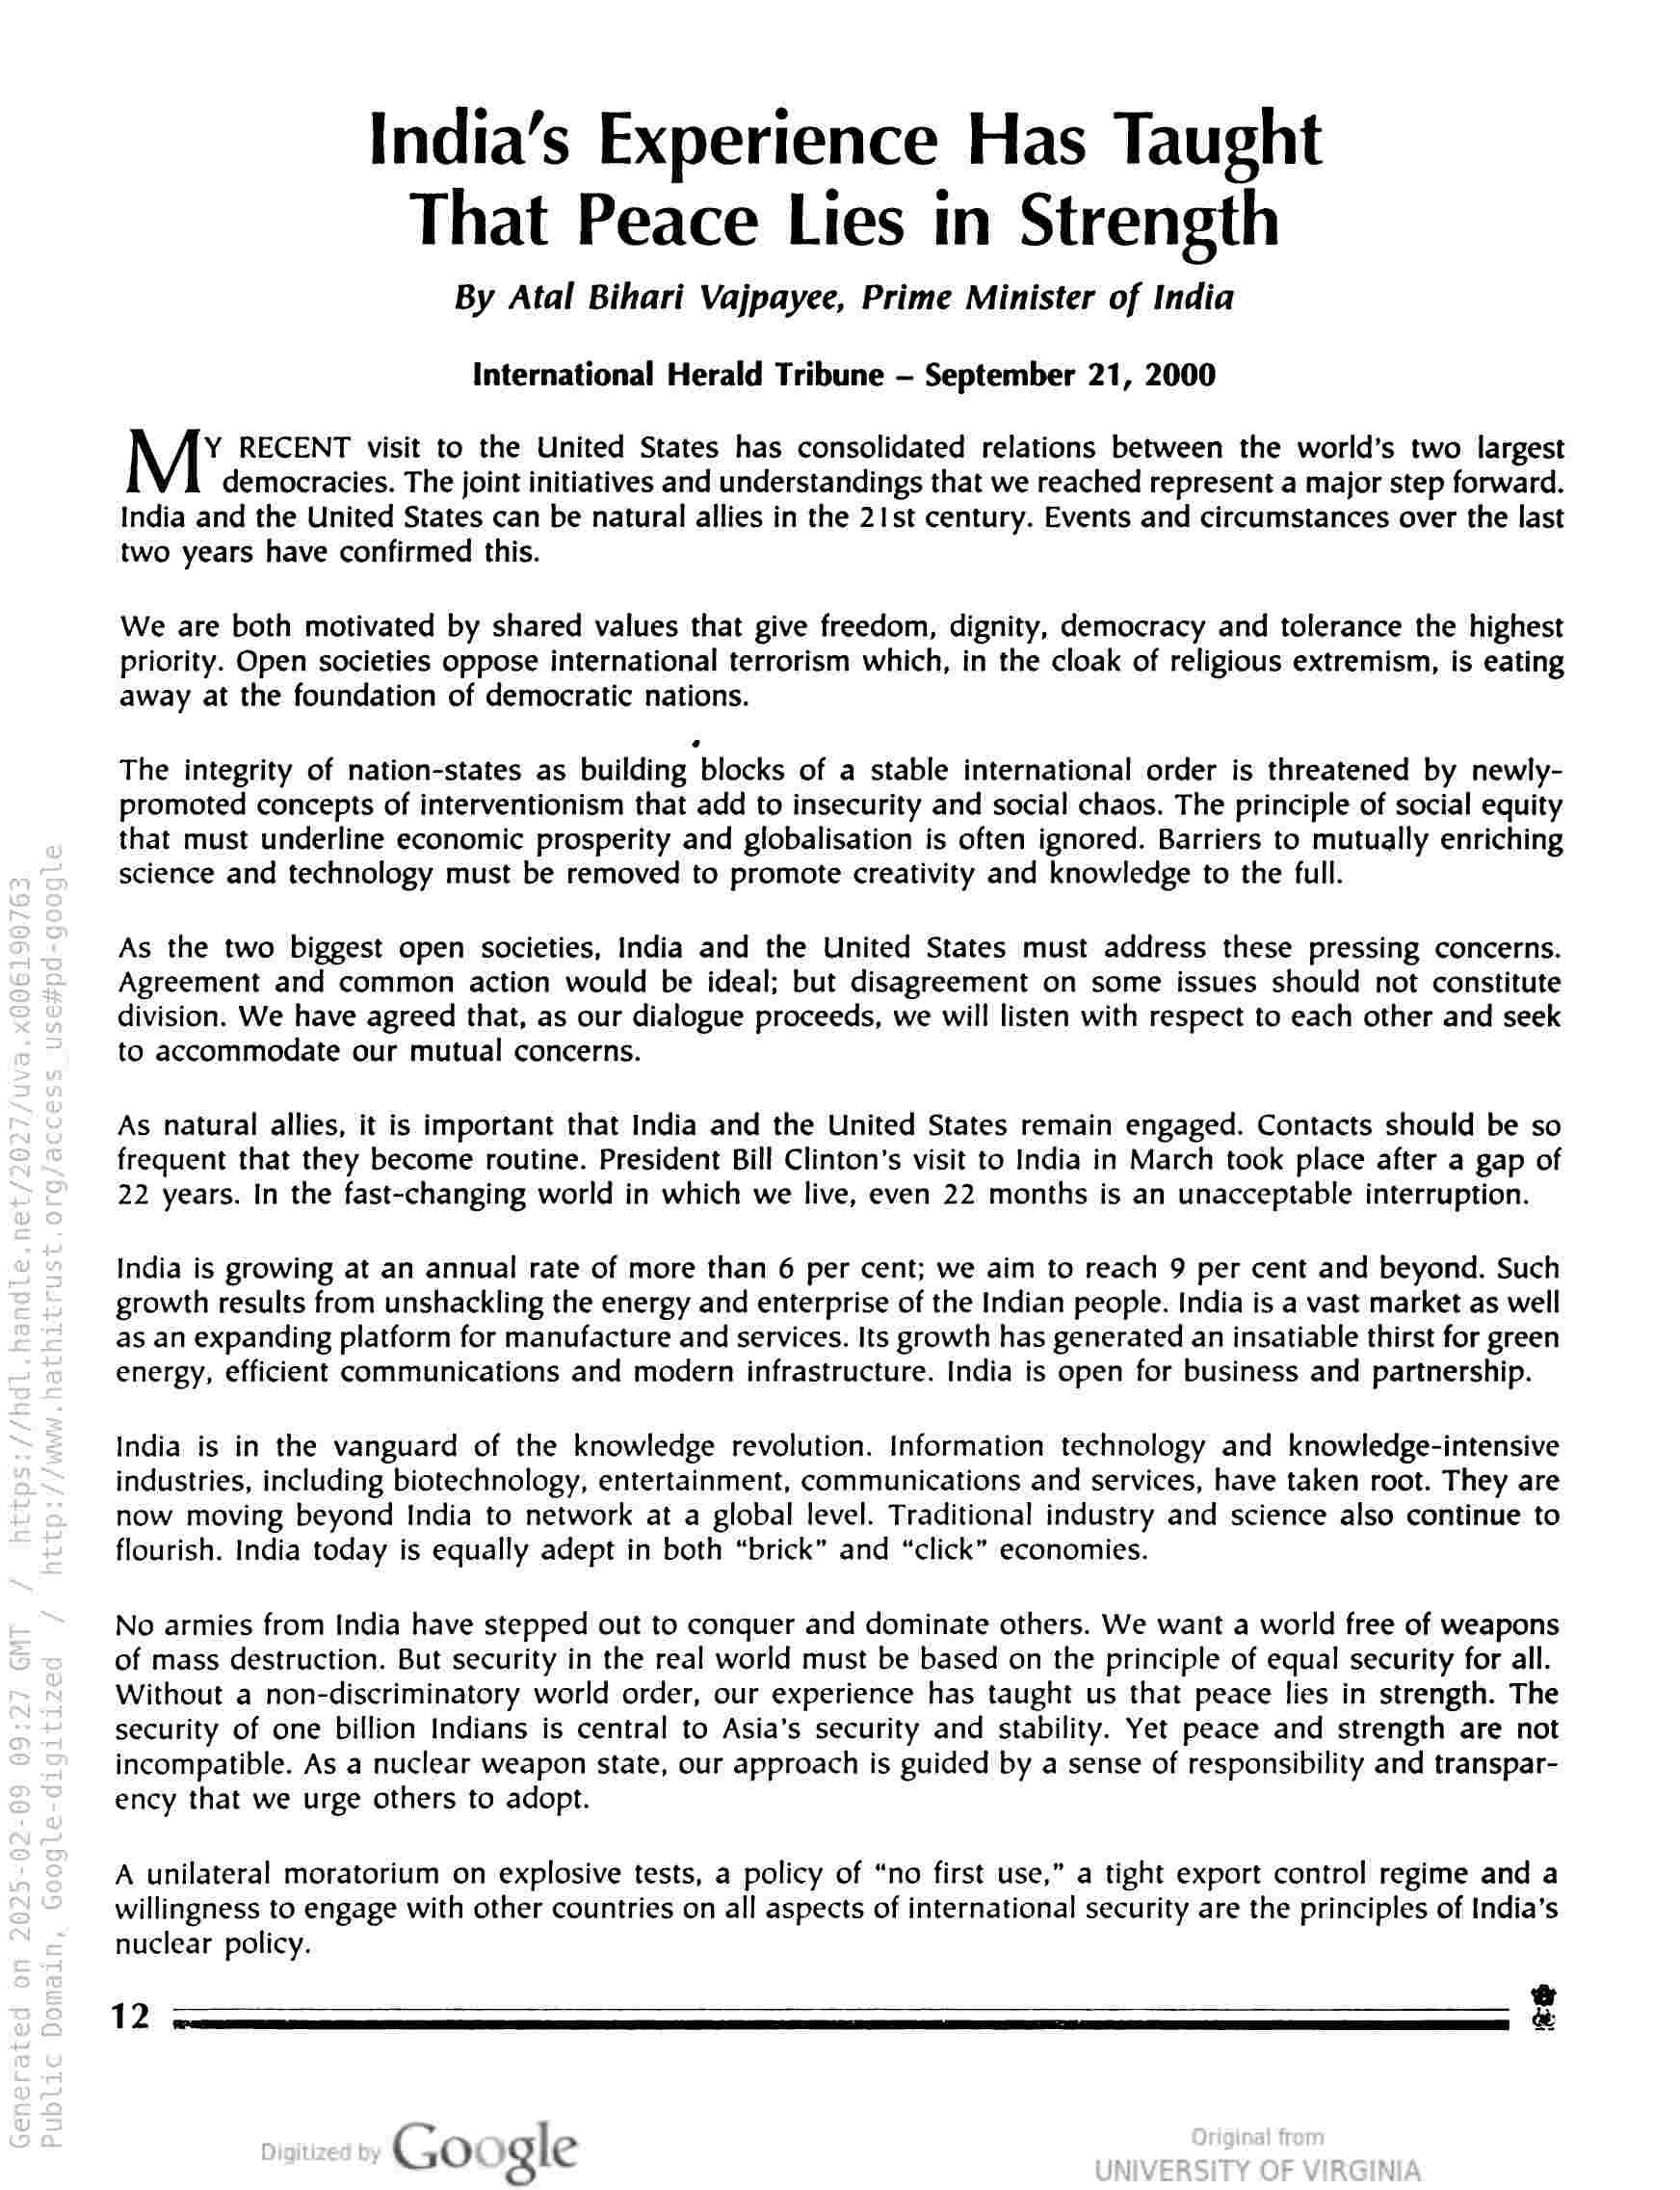
India’s Experience Has Taught
That Peace Lies in Strength

By Atal Bihari Vajpayee, Prime Minister of India
International Herald Tribune — September 21, 2000

Y RECENT visit to the United States has consolidated relations between the world’s two largest

democracies. The joint initiatives and understandings that we reached represent a major step forward.

India and the United States can be natural allies in the 21st century. Events and circumstances over the last
two years have confirmed this.

We are both motivated by shared values that give freedom, dignity, democracy and tolerance the highest
priority. Open societies oppose international terrorism which, in the cloak of religious extremism, is eating
away at the foundation of democratic nations.

The integrity of nation-states as building blocks of a stable international order is threatened by newly-
promoted concepts of interventionism that add to insecurity and social chaos. The principle of social equity
that must underline economic prosperity and globalisation is often ignored. Barriers to mutually enriching
science and technology must be removed to promote creativity and knowledge to the full.

As the two biggest open societies, India and the United States must address these pressing concerns.
Agreement and common action would be ideal; but disagreement on some issues should not constitute
division. We have agreed that, as our dialogue proceeds, we will listen with respect to each other and seek
to accommodate our mutual concerns.

As natural allies, it is important that India and the United States remain engaged. Contacts should be so
frequent that they become routine. President Bill Clinton's visit to India in March took place after a gap of
22 years. In the fast-changing world in which we live, even 22 months is an unacceptable interruption.

India is growing at an annual rate of more than 6 per cent; we aim to reach 9 per cent and beyond. Such
growth results from unshackling the energy and enterprise of the Indian people. India is a vast market as well
as an expanding platform for manufacture and services. Its growth has generated an insatiable thirst for green
energy, efficient communications and modern infrastructure. India is open for business and partnership.

India is in the vanguard of the knowledge revolution. Information technology and knowledge-intensive
industries, including biotechnology, entertainment, communications and services, have taken root. They are
now moving beyond India to network at a global level. Traditional industry and science also continue to
flourish. India today is equally adept in both “brick” and “click” economies.

No armies from India have stepped out to conquer and dominate others. We want a world free of weapons
of mass destruction. But security in the real world must be based on the principle of equal security for all.
Without a non-discriminatory world order, our experience has taught us that peace lies in strength. The
security of one billion Indians is central to Asia's security and stability. Yet peace and strength are not
incompatible. As a nuclear weapon state, our approach is guided by a sense of responsibility and transpar-
ency that we urge others to adopt.

A unilateral moratorium on explosive tests, a policy of “no first use,” a tight export control regime and a
willingness to engage with other countries on all aspects of international security are the principles of India’s
nuclear policy.

‘ee

12

Google